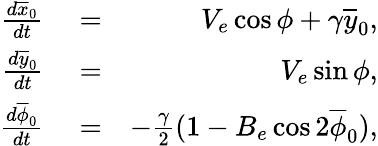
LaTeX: \begin{array}{rlr}{\frac{d\overline{{x}}_{0}}{dt}}&{{}=}&{V_{e}\cos\phi+\gamma\overline{{y}}_{0},}\\ {\frac{d\overline{{y}}_{0}}{dt}}&{{}=}&{V_{e}\sin\phi,}\\ {\frac{d\overline{{\phi}}_{0}}{dt}}&{{}=}&{-\frac{\gamma}{2}(1-B_{e}\cos 2\overline{{\phi}}_{0}),}\end{array}